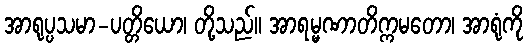
အာရုပ္ပသမာ-ပတ္တိယော၊ တို့သည်။ အာရမ္မဏာတိက္ကမတော၊ အာရုံကို